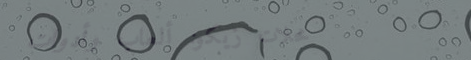
محلات زيكو: ألعاب وأدوات